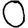
Digit: 0